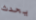
يحدث